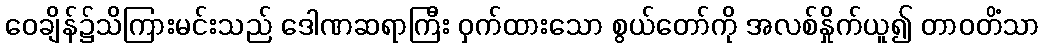
ဝေချိန်၌သိကြားမင်းသည် ဒေါဏဆရာကြီး ဝှက်ထားသော စွယ်တော်ကို အလစ်နှိုက်ယူ၍ တာဝတိံသာ